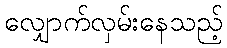
လျှောက်လှမ်းနေသည့်